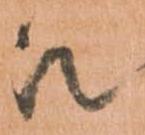
被